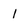
Character: l